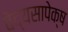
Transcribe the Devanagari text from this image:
वेद्यसापेक्ष